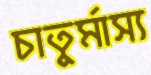
চাতুর্মাস্য